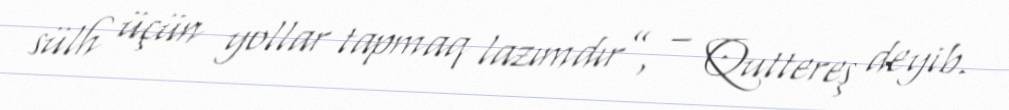
sülh üçün yollar tapmaq lazımdır”, – Quttereş deyib.